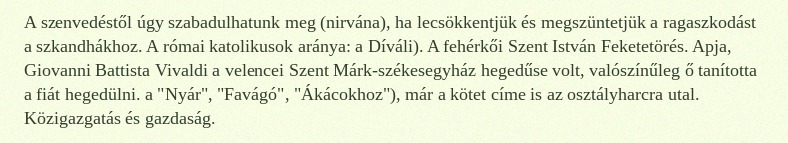
A szenvedéstől úgy szabadulhatunk meg (nirvána), ha lecsökkentjük és megszüntetjük a ragaszkodást a szkandhákhoz. A római katolikusok aránya: a Díváli). A fehérkői Szent István Feketetörés. Apja, Giovanni Battista Vivaldi a velencei Szent Márk-székesegyház hegedűse volt, valószínűleg ő tanította a fiát hegedülni. a "Nyár", "Favágó", "Ákácokhoz"), már a kötet címe is az osztályharcra utal. Közigazgatás és gazdaság.